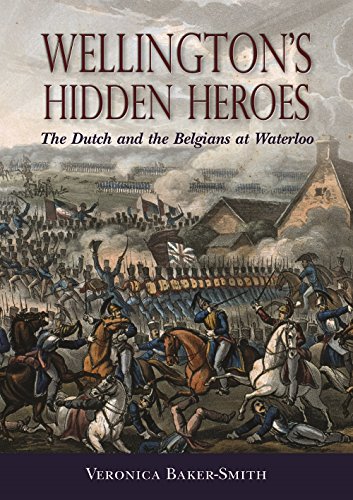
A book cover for Wellington's Hidden Heroes: The Dutch and the Belgians at Waterloo; Veronica Baker-Smith; History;